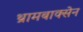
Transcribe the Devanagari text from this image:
थ्रामबाक्सेन